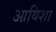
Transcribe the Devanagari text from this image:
आयिशा